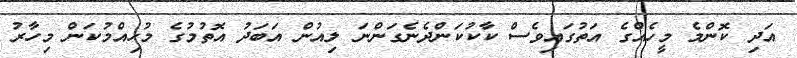
އަދި ކޮންމެ މީހެއްގެ އަތުގައިވެސް ކާކުކަންދެނެގަންނަ ލިއުން އަބަދު އޮތުމުގެ މުހިއްމުކަން މިހާރު